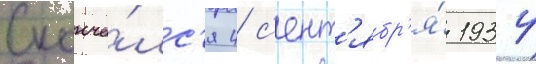
Сконча́лс'я 4 с'ент'ябр'я́ 1934